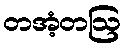
တအံ့တဩ